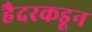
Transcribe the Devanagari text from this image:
हैदरकडून